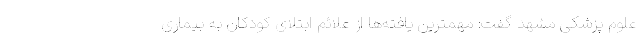
علوم پزشکی مشهد گفت: مهمترین یافته‌ها از علائم ابتلای کودکان به بیماری